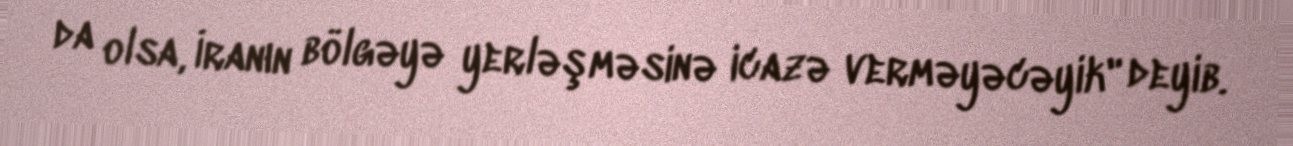
da olsa, İranın bölgəyə yerləşməsinə icazə verməyəcəyik" deyib.